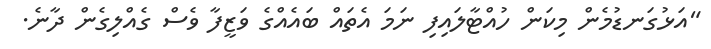
"އަޅުގަނޑުމެން މިކަން ހުއްޓާލައިފި ނަމަ އެތައް ބައެއްގެ ވަޒީފާ ވެސް ގެއްލިގެން ދާނެ.